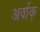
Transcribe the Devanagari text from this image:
अर्वाक्